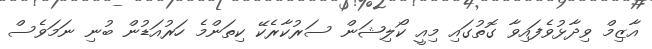
އާޒިމް ވިދާޅުވެފައިވާ ގޮތުގައި މިއީ ކޯލިޝަން ސަރުކާރެކޭ ކިތަންމެ ހަރުއަޑުން ބުނި ނަމަވެސް